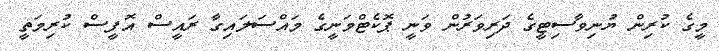
މީގެ ކުރިން ޔުނިވާސިޓީގެ ދަރިވަރުން ވަނީ ޕޮކެޓްމަނީގެ މައްސަލައިގާ ރައީސް އޮފީސް ކުރިމަތީ